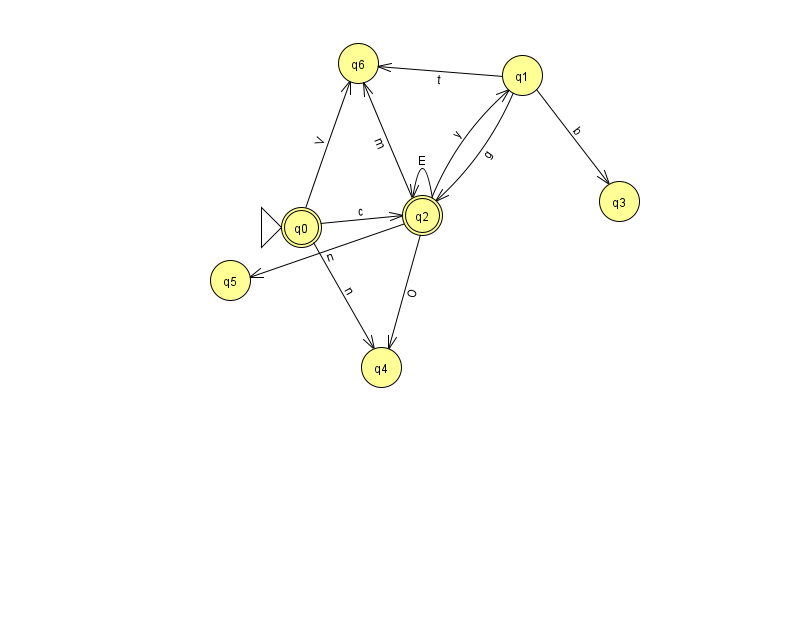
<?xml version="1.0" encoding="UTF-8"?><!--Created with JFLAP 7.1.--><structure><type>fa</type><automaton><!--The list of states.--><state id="0" name="q0"><x>301.0</x><y>214.0</y><initial/><final/></state><state id="1" name="q1"><x>522.0</x><y>62.0</y></state><state id="2" name="q2"><x>422.0</x><y>202.0</y><final/></state><state id="3" name="q3"><x>619.0</x><y>188.0</y></state><state id="4" name="q4"><x>381.0</x><y>354.0</y></state><state id="5" name="q5"><x>230.0</x><y>267.0</y></state><state id="6" name="q6"><x>358.0</x><y>50.0</y></state><!--The list of transitions.--><transition><from>2</from><to>2</to><read>E</read></transition><transition><from>0</from><to>2</to><read>c</read></transition><transition><from>1</from><to>3</to><read>b</read></transition><transition><from>0</from><to>6</to><read>V</read></transition><transition><from>2</from><to>1</to><read>y</read></transition><transition><from>1</from><to>2</to><read>g</read></transition><transition><from>2</from><to>6</to><read>m</read></transition><transition><from>0</from><to>4</to><read>n</read></transition><transition><from>2</from><to>5</to><read>n</read></transition><transition><from>1</from><to>6</to><read>t</read></transition><transition><from>2</from><to>4</to><read>O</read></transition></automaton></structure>